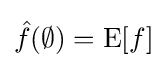
{\hat {f}}(\emptyset )=\operatorname {E} [f]